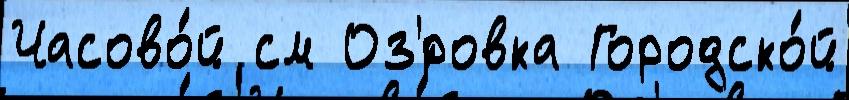
Часово́й см Оз'́ровка Городско́й